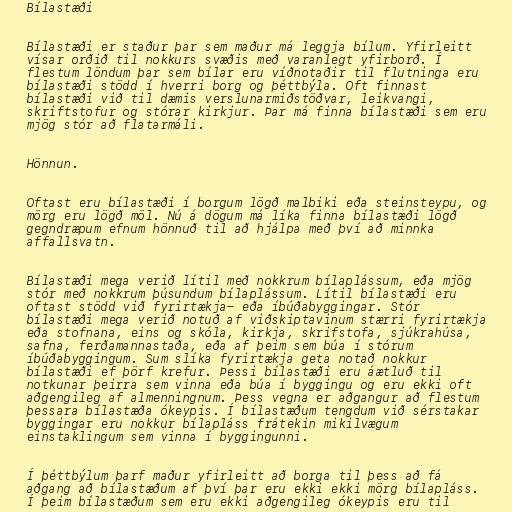
Bílastæði

Bílastæði er staður þar sem maður má leggja bílum. Yfirleitt
vísar orðið til nokkurs svæðis með varanlegt yfirborð. Í
flestum löndum þar sem bílar eru víðnotaðir til flutninga eru
bílastæði stödd í hverri borg og þéttbýla. Oft finnast
bílastæði við til dæmis verslunarmiðstöðvar, leikvangi,
skriftstofur og stórar kirkjur. Þar má finna bílastæði sem eru
mjög stór að flatarmáli.

Hönnun.

Oftast eru bílastæði í borgum lögð malbiki eða steinsteypu, og
mörg eru lögð möl. Nú á dögum má líka finna bílastæði lögð
gegndræpum efnum hönnuð til að hjálpa með því að minnka
affallsvatn.

Bílastæði mega verið lítil með nokkrum bílaplássum, eða mjög
stór með nokkrum þúsundum bílaplássum. Lítil bílastæði eru
oftast stödd við fyrirtækja- eða íbúðabyggingar. Stór
bílastæði mega verið notuð af viðskiptavinum stærri fyrirtækja
eða stofnana, eins og skóla, kirkja, skrifstofa, sjúkrahúsa,
safna, ferðamannastaða, eða af þeim sem búa í stórum
íbúðabyggingum. Sum slíka fyrirtækja geta notað nokkur
bílastæði ef þörf krefur. Þessi bílastæði eru áætluð til
notkunar þeirra sem vinna eða búa í byggingu og eru ekki oft
aðgengileg af almenningnum. Þess vegna er aðgangur að flestum
þessara bílastæða ókeypis. Í bílastæðum tengdum við sérstakar
byggingar eru nokkur bílapláss frátekin mikilvægum
einstaklingum sem vinna í byggingunni.

Í þéttbýlum þarf maður yfirleitt að borga til þess að fá
aðgang að bílastæðum af því þar eru ekki ekki mörg bílapláss.
Í þeim bílastæðum sem eru ekki aðgengileg ókeypis eru til